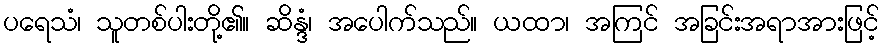
ပရေသံ၊ သူတစ်ပါးတို့၏။ ဆိန္ဒံ၊ အပေါက်သည်။ ယထာ၊ အကြင် အခြင်းအရာအားဖြင့်